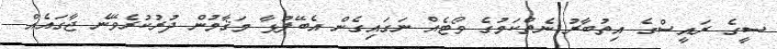
ސީގެ ރައީސްގެ އިތުބާރު ނެތްކަމުގެ ވޯޓެއް ނަގައިގެން އެބޭފުޅާ މަޤާމުން ދުރުކުރެވޭނެ ޖާގައެއް